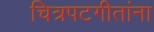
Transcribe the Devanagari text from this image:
चित्रपटगीतांना